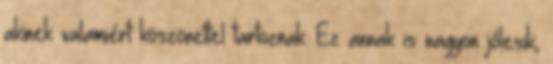
akinek valamiért köszönettel tartoznak. Ez annak is nagyon jólesik,